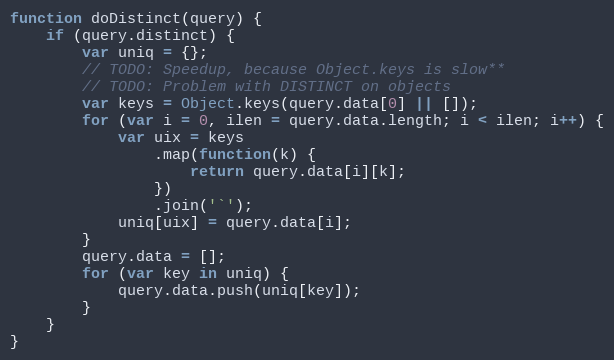
Language: JavaScript
function doDistinct(query) {
	if (query.distinct) {
		var uniq = {};
		// TODO: Speedup, because Object.keys is slow**
		// TODO: Problem with DISTINCT on objects
		var keys = Object.keys(query.data[0] || []);
		for (var i = 0, ilen = query.data.length; i < ilen; i++) {
			var uix = keys
				.map(function(k) {
					return query.data[i][k];
				})
				.join('`');
			uniq[uix] = query.data[i];
		}
		query.data = [];
		for (var key in uniq) {
			query.data.push(uniq[key]);
		}
	}
}